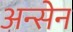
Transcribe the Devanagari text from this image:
अन्सेन